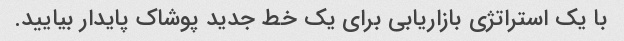
با یک استراتژی بازاریابی برای یک خط جدید پوشاک پایدار بیایید.